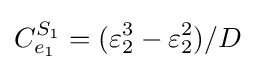
C_{e_{1}}^{S_{1}}=(\varepsilon _{2}^{3}-\varepsilon _{2}^{2})/D